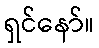
ရှင်နော်။